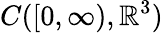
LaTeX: C([0,\infty),\mathbb{R}^{3})